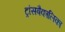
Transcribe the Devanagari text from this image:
ट्रांसबैकालिका